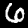
Digit: 6